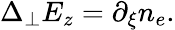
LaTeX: \begin{array}{r}{\Delta_{\perp}E_{z}=\partial_{\xi}n_{e}.}\end{array}